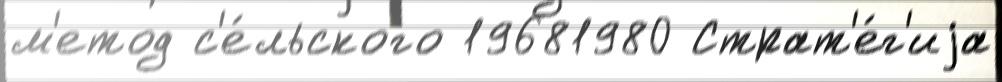
м'етод с'е́льского 19681980 Страт'е́г'иjа